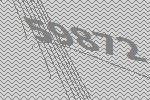
59872